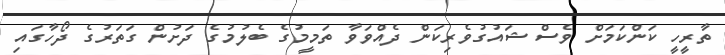
ތާރީހީ ކަންކަމަށް ވެސް ޝައުގުވެރިކަން ދެއްވަވާ ތަމީމުގެ ބެލުމުގެ ދަށުން ގަތަރުގެ ދޯހާގައި